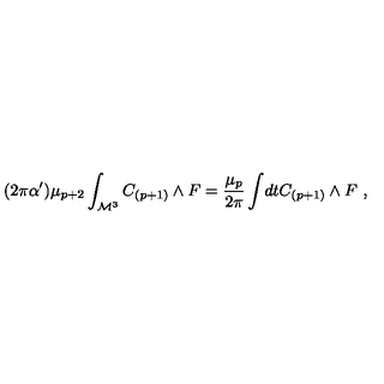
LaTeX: ( 2 \pi \alpha ^ { \prime } ) \mu _ { p + 2 } \int _ { { \cal M } ^ { 3 } } C _ { ( p + 1 ) } \wedge F = { \frac { \mu _ { p } } { 2 \pi } } \int \! d t C _ { ( p + 1 ) } \wedge F \ ,